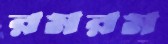
রমরম